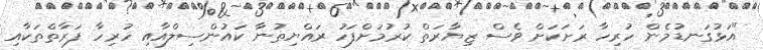
"އަޅުގަނޑުމެން ހުރިހާ ރަށަކަށް ވެސް ޒިޔާރަތް ކުރުމަށްފަހު ރައްޔިތުނާ ކައުންސިލްއާއި ހުރިހާ ފަރާތްތަކާއި